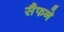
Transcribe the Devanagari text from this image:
सैफने